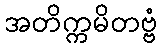
အတိက္ကမိတဗ္ဗံ